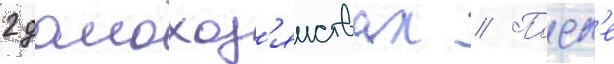
2 домохоз'яиствах // Посл'е